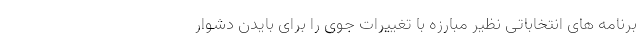
برنامه های انتخاباتی نظیر مبارزه با تغییرات جوی را برای بایدن دشوار